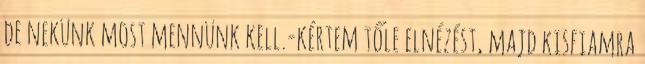
de nekünk most mennünk kell.-kértem tőle elnézést, majd kisfiamra